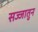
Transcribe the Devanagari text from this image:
सज्जातुन